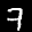
Label: 7